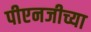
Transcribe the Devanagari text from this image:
पीएनजीच्या